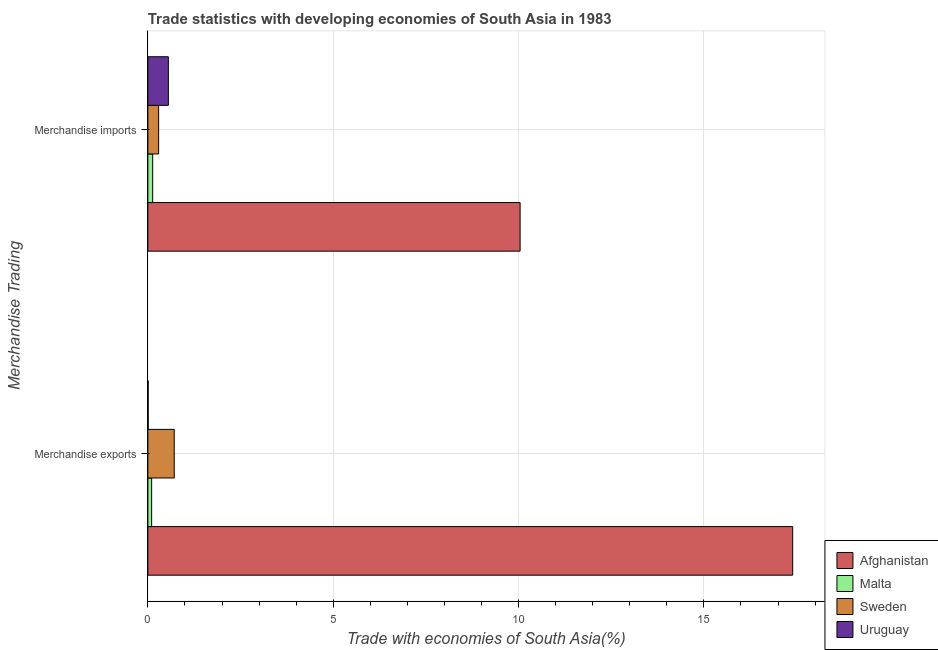
| Merchandise Trading | Afghanistan | Malta | Sweden | Uruguay |
 | --- | --- | --- | --- | --- |
 | Merchandise exports | 17.4 | 0.102 | 0.711 | 0.00828 |
 | Merchandise imports | 10 | 0.13 | 0.29 | 0.553 |